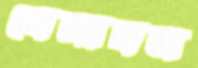
বেনাবন